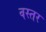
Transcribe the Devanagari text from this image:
वस्तर